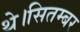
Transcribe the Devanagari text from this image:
थे।सितम्बर